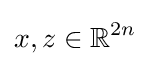
x,z\in \mathbb {R} ^{2n}